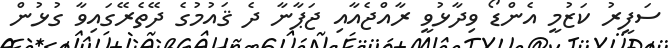
ސަފީރު ކަޒުމީ އެންޑޯ ވިދާޅުވީ ރާއްޖެއާއި ޖަޕާނާ ދެ ޤައުމުގެ ދޭތެރޭގައިވާ ގުޅުން